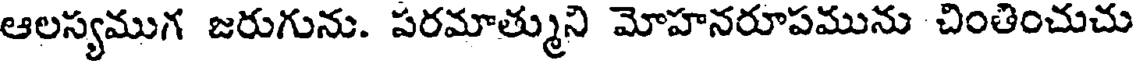
ఆలస్యముగ జరుగును. పరమాత్ముని మోహనరూపమును చింతించుచు